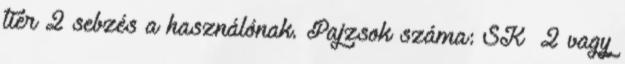
tier 2 sebzés a használónak. Pajzsok száma: SK 2 vagy